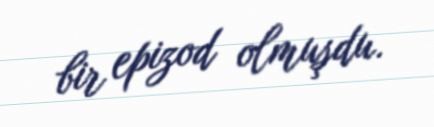
bir epizod olmuşdu.